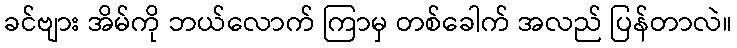
ခင်ဗျား အိမ်ကို ဘယ်လောက် ကြာမှ တစ်ခေါက် အလည် ပြန်တာလဲ။